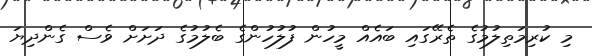
މި ކުރިމަތިލުމުގެ ތެރޭގައި ބައެއް މީހުން ފުލުހުންގެ ބެލުމުގެ ދަށަށް ވެސް ގެންދިޔަ